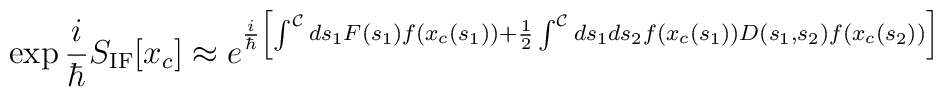
\exp{{i\over\hbar}S_{\rm IF}[x_c]} \approx e^{{i\over\hbar} \left[\int^{\cal C} ds_1 F(s_1) f(x_c(s_1)) + {1\over 2} \int^{\cal C}ds_1ds_2 f(x_c(s_1)) D(s_1,s_2) f(x_c(s_2))\right]}